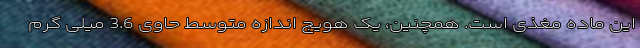
این ماده مغذی است. همچنین، یک هویج اندازه متوسط حاوی 3.6 میلی گرم